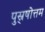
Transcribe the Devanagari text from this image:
पुस्र्षोत्तम